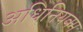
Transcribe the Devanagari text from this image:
अधिनियक्म